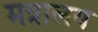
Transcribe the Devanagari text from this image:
मत्रालय